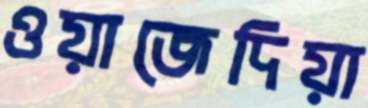
ওয়াজেদিয়া